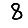
Digit: 8